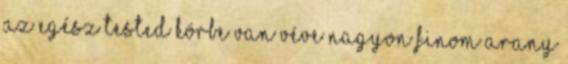
az egész tested körbe van véve nagyon finom arany